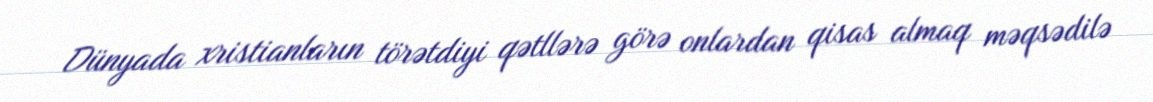
Dünyada xristianların törətdiyi qətllərə görə onlardan qisas almaq məqsədilə